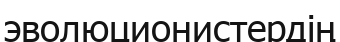
эволюционистердің